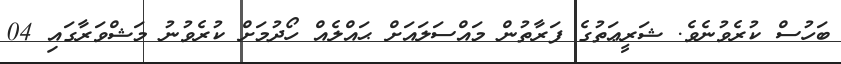
ބަހުސް ކުރެވުނެވެ. ޝަރީޢަތުގެ ފަރާތުން މައްސަލައަށް ޙައްލެއް ހޯދުމަށް ކުރެވުނު މަޝްވަރާގައި 04